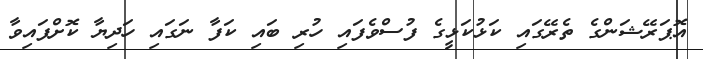
އޮޕަރޭޝަންގެ ތެރޭގައި ކަޅުކަޅީގެ ފުސްވެފައި ހުރި ބައި ކަފާ ނަގައި ހަދިޔާ ކޮށްފައިވާ